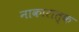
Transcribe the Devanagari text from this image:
नाकारात्क